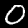
Label: 0